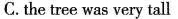
C. the tree was very tall